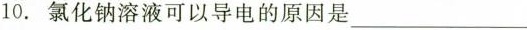
10.氯化钠溶液可以导电的原因是________